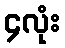
၄လုံး